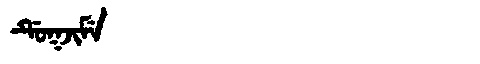
Manchu: ᡩᡠᡴᠵᡳᠮᡝ
Romanization: DUKJIME